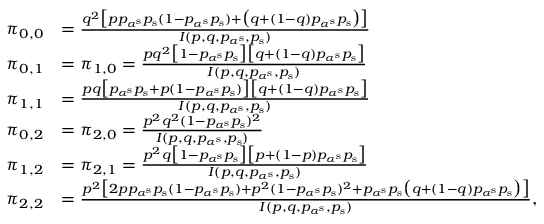
\begin{array} { r l } { \pi _ { 0 , 0 } } & { = \frac { q ^ { 2 } \big [ p p _ { \alpha ^ { \mathrm { s } } } p _ { \mathrm { s } } ( 1 - p _ { \alpha ^ { \mathrm { s } } } p _ { \mathrm { s } } ) + \big ( q + ( 1 - q ) p _ { \alpha ^ { \mathrm { s } } } p _ { \mathrm { s } } \big ) \big ] } { I ( p , q , p _ { \alpha ^ { \mathrm { s } } } , p _ { \mathrm { s } } ) } } \\ { \pi _ { 0 , 1 } } & { = \pi _ { 1 , 0 } = \frac { p q ^ { 2 } \big [ 1 - p _ { \alpha ^ { \mathrm { s } } } p _ { \mathrm { s } } \big ] \big [ q + ( 1 - q ) p _ { \alpha ^ { \mathrm { s } } } p _ { \mathrm { s } } \big ] } { I ( p , q , p _ { \alpha ^ { \mathrm { s } } } , p _ { \mathrm { s } } ) } } \\ { \pi _ { 1 , 1 } } & { = \frac { p q \big [ p _ { \alpha ^ { \mathrm { s } } } p _ { \mathrm { s } } + p ( 1 - p _ { \alpha ^ { \mathrm { s } } } p _ { \mathrm { s } } ) \big ] \big [ q + ( 1 - q ) p _ { \alpha ^ { \mathrm { s } } } p _ { \mathrm { s } } \big ] } { I ( p , q , p _ { \alpha ^ { \mathrm { s } } } , p _ { \mathrm { s } } ) } } \\ { \pi _ { 0 , 2 } } & { = \pi _ { 2 , 0 } = \frac { p ^ { 2 } q ^ { 2 } ( 1 - p _ { \alpha ^ { \mathrm { s } } } p _ { \mathrm { s } } ) ^ { 2 } } { I ( p , q , p _ { \alpha ^ { \mathrm { s } } } , p _ { \mathrm { s } } ) } } \\ { \pi _ { 1 , 2 } } & { = \pi _ { 2 , 1 } = \frac { p ^ { 2 } q \big [ 1 - p _ { \alpha ^ { \mathrm { s } } } p _ { \mathrm { s } } \big ] \big [ p + ( 1 - p ) p _ { \alpha ^ { \mathrm { s } } } p _ { \mathrm { s } } \big ] } { I ( p , q , p _ { \alpha ^ { \mathrm { s } } } , p _ { \mathrm { s } } ) } } \\ { \pi _ { 2 , 2 } } & { = \frac { p ^ { 2 } \big [ 2 p p _ { \alpha ^ { \mathrm { s } } } p _ { \mathrm { s } } ( 1 - p _ { \alpha ^ { \mathrm { s } } } p _ { \mathrm { s } } ) + p ^ { 2 } ( 1 - p _ { \alpha ^ { \mathrm { s } } } p _ { \mathrm { s } } ) ^ { 2 } + p _ { \alpha ^ { \mathrm { s } } } p _ { \mathrm { s } } \big ( q + ( 1 - q ) p _ { \alpha ^ { \mathrm { s } } } p _ { \mathrm { s } } \big ) \big ] } { I ( p , q , p _ { \alpha ^ { \mathrm { s } } } , p _ { \mathrm { s } } ) } , } \end{array}